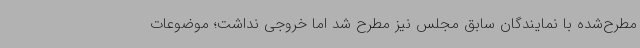
مطرح‌شده با نمایندگان سابق مجلس نیز مطرح شد اما خروجی نداشت؛ موضوعات